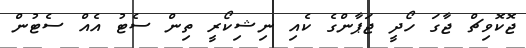
ޖޮކޮވިޗް ޖާގަ ހޯދީ ޖަޕާންގެ ކެއި ނިޝިކޯރީ ތިން ސެޓު އެއް ސެޓުން